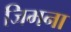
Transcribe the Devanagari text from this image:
जिमना